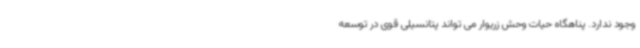
وجود ندارد. پناهگاه حیات وحش زریوار می تواند پتانسیلی قوی در توسعه